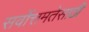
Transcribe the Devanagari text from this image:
सर्वोत्तमतेसाठी